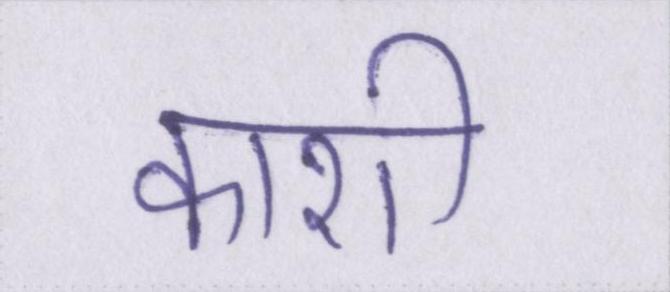
काशी